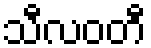
သီလဝတီ